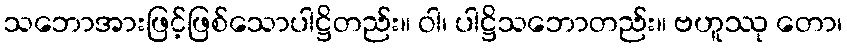
သဘောအားဖြင့်ဖြစ်သောပါဋ္ဌိတည်း။ ဝါ၊ ပါဋ္ဌိသဘောတည်း။ ဗဟူဿု တော၊